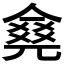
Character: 𠎛